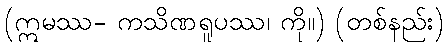
(ဣမဿ- ကသိဏရူပဿ၊ ကို။) (တစ်နည်း)